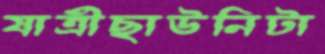
যাত্রীছাউনিটা